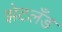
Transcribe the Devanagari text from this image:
झेटलँड